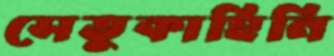
সেতুকাহিনি